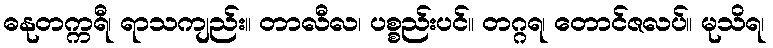
ဓနုတက္ကရီ၊ ရာသကျည်း။ တာလီလ၊ ပစ္စည်းပင်။ တဂ္ဂရ၊ တောင်ဇလပ်။ မုသိရ၊